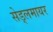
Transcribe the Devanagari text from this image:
सेड्लमायर